Vaccination in the Punjab 1897-1904 - 1897-1904
Year: 1897
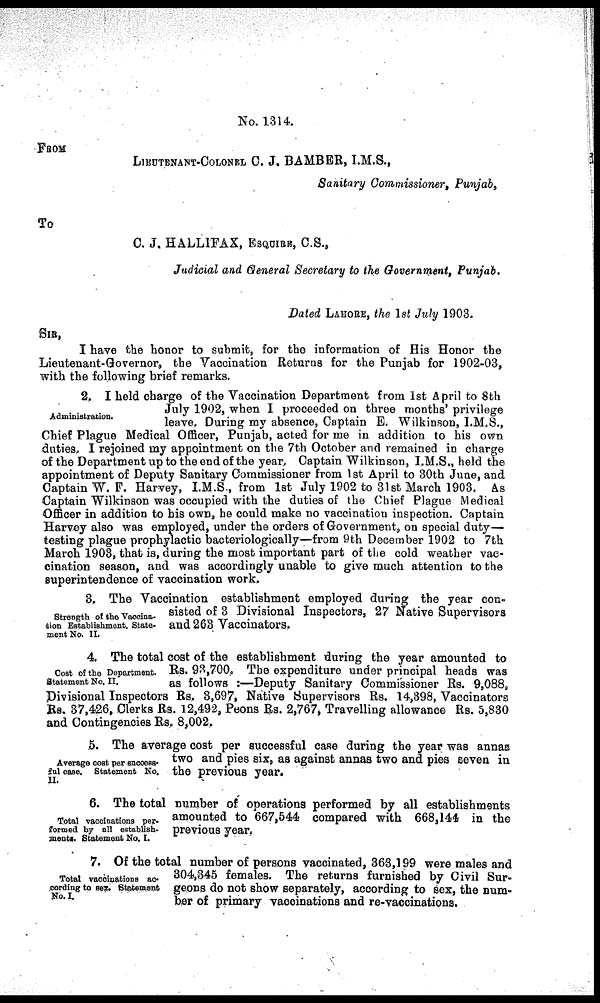
No. 1314.
FROM
LIEUTENANT-COLONEL C. J. BAMBER, I.M.S.,
Sanitary Commissioner, Punjab,
To
C. J. HALLIFAX, ESQUIRE, C.S.,
Judicial and General Secretary to the Government, Punjab.
Dated LAHORE, the 1st July 1903.
SIR,
I have the honor to submit, for the information of His Honor the
Lieutenant-Governor, the Vaccination Returns for the Punjab for 1902-03,
with the following brief remarks.
Administration.
2. I held charge of the Vaccination Department from 1st April to 8th
July 1902, when I proceeded on three months' privilege
leave. During my absence, Captain E. Wilkinson, I.M.S.,
Chief Plague Medical Officer, Punjab, acted for me in addition to his own
duties. I rejoined my appointment on the 7th October and remained in charge
of the Department up to the end of the year. Captain Wilkinson, I.M.S., held the
appointment of Deputy Sanitary Commissioner from 1st April to 30th June, and
Captain W. P. Harvey, I.M.S., from 1st July 1902 to 31st March 1903. As
Captain Wilkinson was occupied with the duties of the Chief Plague Medical
Officer in addition to his own, he could make no vaccination inspection. Captain
Harvey also was employed, under the orders of Government, on special duty—
testing plague prophylactic bacteriologically—from 9th December 1902 to 7th
March 1903, that is, during the most important part of the cold weather vac-
cination season, and was accordingly unable to give much attention to the
superintendence of vaccination work.
Strength of the Vaccina-
tion Establishment. State-
ment No. II.
3. The Vaccination establishment employed during the year con-
sisted of 3 Divisional Inspectors, 27 Native Supervisors
and 263 Vaccinators.
Cost of the Department.
Statement No. II.
4. The total cost of the establishment during the year amounted to
Rs. 93,700. The expenditure under principal heads was
as follows :—Deputy Sanitary Commissioner Rs. 9,088,
Divisional Inspectors Rs, 3,697, Native Supervisors Rs. 14,398, Vaccinators
Rs. 37,426, Clerks Rs. 12,492, Peons Rs. 2,767, Travelling allowance Rs. 5,830
and Contingencies Rs. 8,002.
Average cost per success¬
ful case. Statement No.
II.
5. The average cost per successful case during the year was annas
two and pies six, as against annas two and pies seven in
the previous year.
Total vaccinations per-
formed by all establish-
ments. Statement No. I.
6. The total number of operations performed by all establishments
amounted to 667,544 compared with 668,144 in the
previous year.
Total vaccinations ac-
cording to sex. Statement
No. I.
7. Of the total number of persons vaccinated, 363,199 were males and
304,345 females. The returns furnished by Civil Sur-
geons do not show separately, according to sex, the num-
ber of primary vaccinations and re-vaccinations.